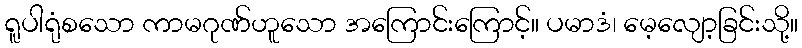
ရူပါရုံစသော ကာမဂုဏ်ဟူသော အကြောင်းကြောင့်။ ပမာဒံ၊ မေ့လျော့ခြင်းသို့။